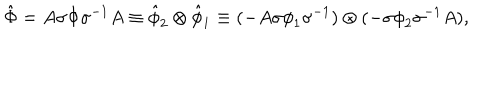
LaTeX: { \hat { \Phi } } = A \sigma { \Phi } { \sigma } ^ { - 1 } A \equiv { \hat { \phi } } _ { 2 } \otimes { \hat { \phi } } _ { 1 } \equiv ( - A \sigma { \phi } _ { 1 } { \sigma } ^ { - 1 } ) \otimes ( - \sigma { \phi } _ { 2 } { \sigma } ^ { - 1 } A ) ,